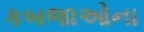
કબજાઓના